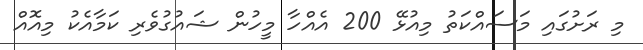
މި ރަށުގައި މަސައްކަތު މިއުޅޭ 200 އެއްހާ މީހުން ޝައުގުވެރި ކަމާއެކު މިއޮއް